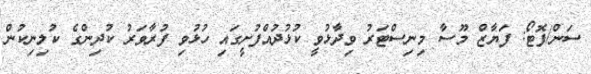
ސަން/ފޮޓޯ: ފަޔާޒް މޫސާ މިނިސްޓަރު ވިދާޅުވީ ކުޅުދުއްފުށީގައި ހުޅުވި ފުރާވަރު ކުދިންގެ ކުލިނިކުން